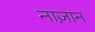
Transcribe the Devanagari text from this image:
नाज़ान